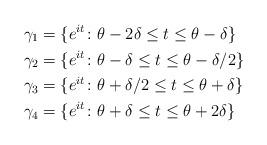
LaTeX: \begin{align*}&\gamma_1 = \{e^{it}\colon \theta-2\delta \le t\le \theta - \delta \} \\&\gamma_2 = \{e^{it}\colon \theta-\delta \le t\le \theta - \delta/2 \} \\&\gamma_3 = \{e^{it}\colon \theta+\delta/2 \le t\le \theta + \delta \} \\&\gamma_4 = \{e^{it}\colon \theta+\delta \le t\le \theta + 2\delta\}\end{align*}